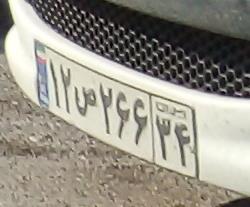
۱۲ص۲۶۶۳۴